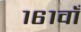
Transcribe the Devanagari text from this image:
१६१वाँ